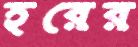
হরের